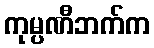
ကုမ္ပဏီဘက်က